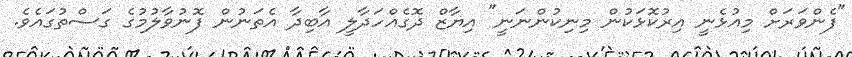
"ފެންވަރަށް މިއުޅެނީ އިރުކޮޅަކުން މިނިކުންނަނީ" އިޔާޒް ދޮގެއްހަދާލީ އާބިދާ އެތަނުން ފޮނުވާލުމުގެ ގަސްތުގައެވެ.